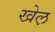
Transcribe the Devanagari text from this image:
खेल़